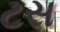
ટસ